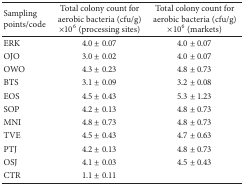
<table><thead><tr><td><b>Sampling points/code</b></td><td><b>Total colony count for aerobic bacteria (cfu/g) ×10<sup>6</sup> (processing sites)</b></td><td><b>Total colony count for aerobic bacteria (cfu/g) ×10<sup>6</sup> (markets)</b></td></tr></thead><tbody><tr><td>ERK </td><td>4.0 ± 0.07</td><td>4.0 ± 0.07</td></tr><tr><td>OJO</td><td>3.0 ± 0.02</td><td>4.0 ± 0.07</td></tr><tr><td>OWO</td><td>4.3 ± 0.23</td><td>4.8 ± 0.73</td></tr><tr><td>BTS</td><td>3.1 ± 0.09</td><td>3.2 ± 0.08</td></tr><tr><td>EOS</td><td>4.5 ± 0.43</td><td>5.3 ± 1.23</td></tr><tr><td>SOP</td><td>4.2 ± 0.13</td><td>4.8 ± 0.73</td></tr><tr><td>MNI</td><td>4.8 ± 0.73</td><td>4.8 ± 0.73</td></tr><tr><td>TVE</td><td>4.5 ± 0.43</td><td>4.7 ± 0.63</td></tr><tr><td>PTJ</td><td>4.2 ± 0.13</td><td>4.8 ± 0.73</td></tr><tr><td>OSJ</td><td>4.1 ± 0.03</td><td>4.5 ± 0.43</td></tr><tr><td>CTR</td><td>1.1 ± 0.11</td><td> </td></tr></tbody></table>